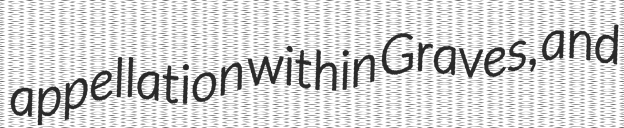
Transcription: appellation within Graves, and